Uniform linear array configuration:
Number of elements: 4
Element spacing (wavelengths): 0.75
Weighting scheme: hann
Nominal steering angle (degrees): -30
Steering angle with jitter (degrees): -31.125
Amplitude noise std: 0.05
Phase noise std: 0.05

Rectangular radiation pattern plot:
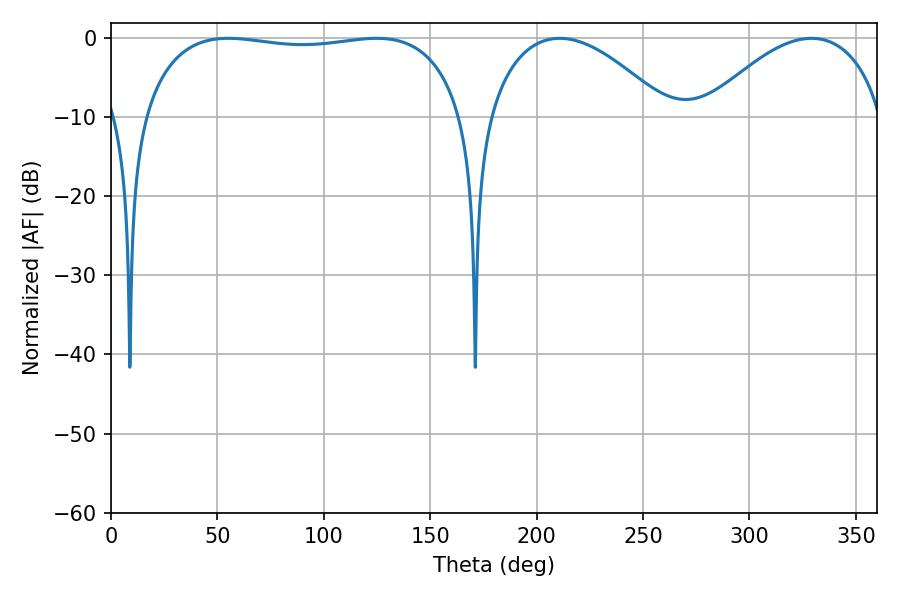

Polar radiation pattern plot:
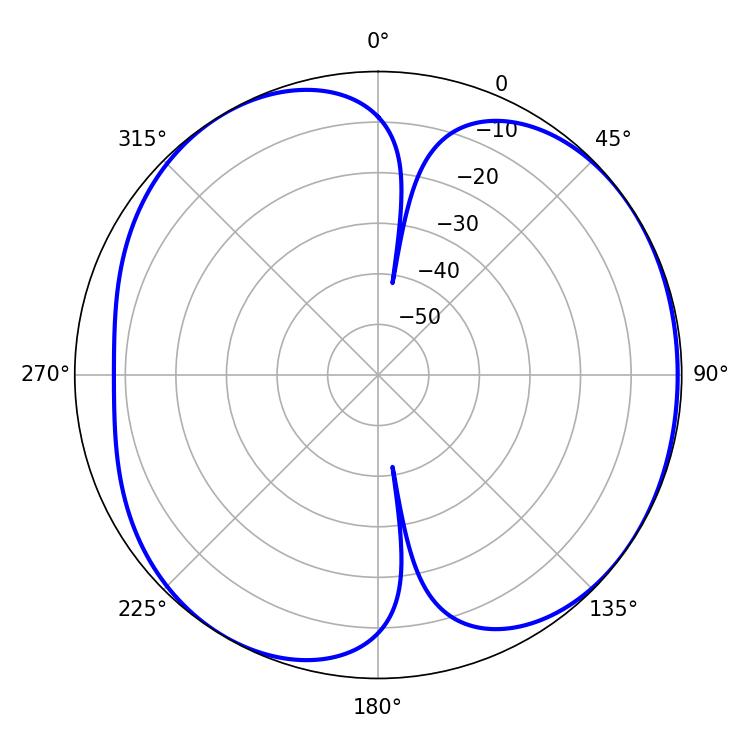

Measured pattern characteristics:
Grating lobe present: TRUE
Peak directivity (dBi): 5.322
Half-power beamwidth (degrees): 121.32
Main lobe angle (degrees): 55.08